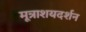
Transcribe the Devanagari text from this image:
मूत्राशयदर्शन